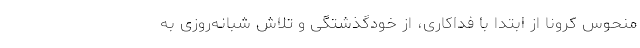
منحوس کرونا از ابتدا با فداکاری، از خودگذشتگی و تلاش شبانه‌روزی به